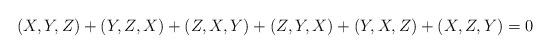
LaTeX: \begin{align*}(X,Y,Z)+(Y,Z,X)+(Z,X,Y)+(Z,Y,X)+(Y,X,Z)+(X,Z,Y)=0\end{align*}